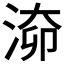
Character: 𣶐